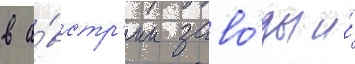
в а́встр'ии заво́ды и́